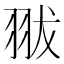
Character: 𦐗